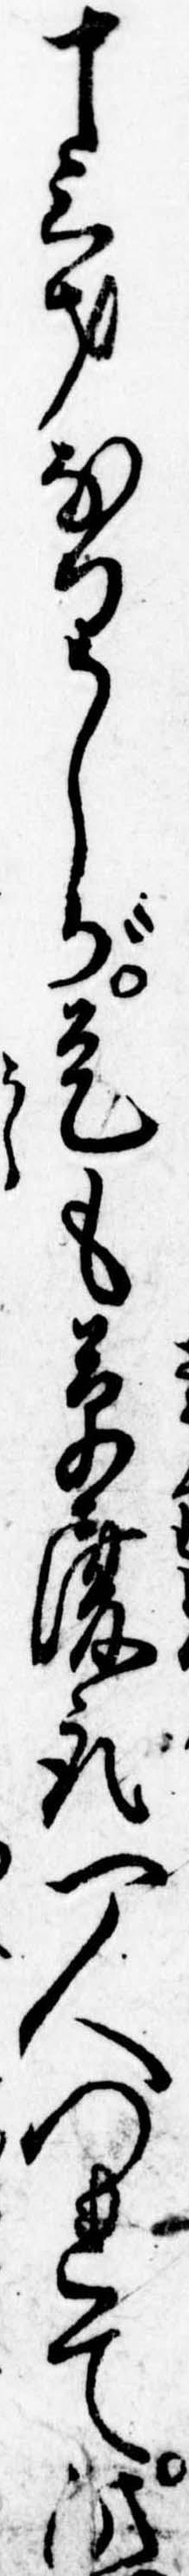
十三才なりしが是も草履取一人つれて此